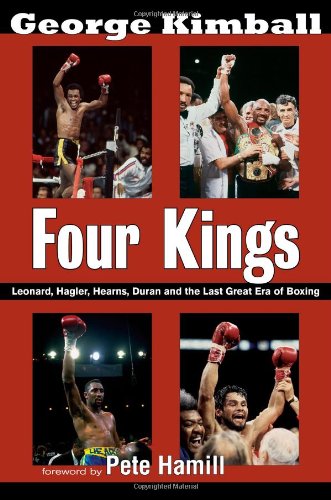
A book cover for Four Kings: Leonard, Hagler, Hearns, Duran and the Last Great Era of Boxing; George Kimball; Sports & Outdoors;